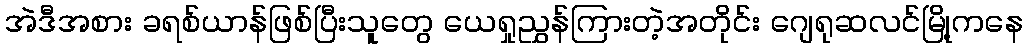
အဲဒီအစား ခရစ်ယာန်ဖြစ်ပြီးသူတွေ ယေရှုညွှန်ကြားတဲ့အတိုင်း ဂျေရုဆလင်မြို့ကနေ